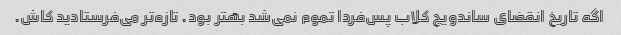
اگه تاریخ انقضای ساندویچ کلاب پس‌فردا تموم نمی‌شد بهتر بود. تازه‌تر می‌فرستادید کاش.